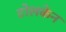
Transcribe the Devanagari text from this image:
टोलकेन